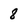
Character: 8